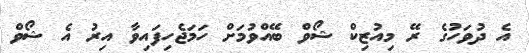
އެ ދުވަހުގެ ރޭ މިއުޒިކް ޝޯވް ބޭއްވުމަށް ހަމަޖެހިފައިވާ އިރު އެ ޝޯވް